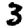
Digit: 3